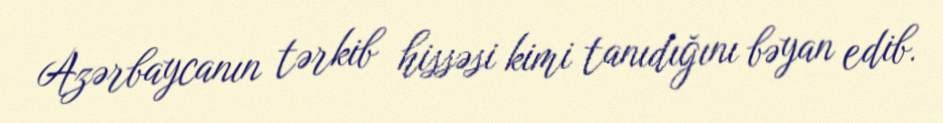
Azərbaycanın tərkib hissəsi kimi tanıdığını bəyan edib.